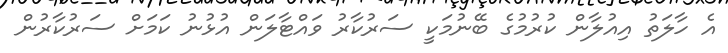
އެ ހާލަތު އިއުލާން ކުރުމުގެ ބޭނުމަކީ ސަރުކާރު ވައްޓާލަން އުޅުނު ކަމަށް ސަރުކާރުން